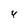
Character: 4